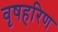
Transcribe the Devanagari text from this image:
वृषहरिण